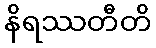
နိရဿတီတိ